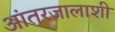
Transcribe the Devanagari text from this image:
आंतरजालाशी